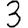
Digit: 3